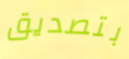
بتصديق